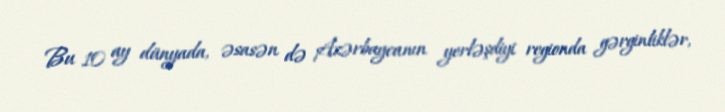
Bu 10 ay dünyada, əsasən də Azərbaycanın yerləşdiyi regionda gərginliklər,